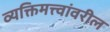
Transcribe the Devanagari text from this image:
व्यक्तिमत्त्वांवरील